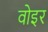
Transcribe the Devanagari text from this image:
वोइर